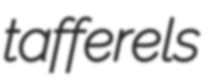
tafferels